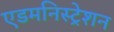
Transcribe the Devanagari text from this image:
एडमनिस्ट्रेशन